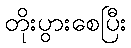
တိုးပွားစေပြီး